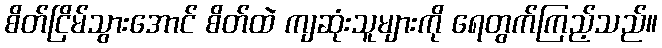
စိတ်ငြိမ်သွားအောင် စိတ်ထဲ ကျဆုံးသူများကို ရေတွက်ကြည့်သည်။